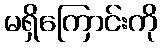
မရှိကြောင်းကို